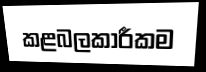
කළබලකාරීකම